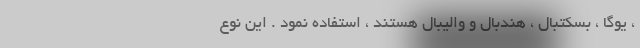
، یوگا ، بسکتبال ، هندبال و والیبال هستند ، استفاده نمود . این نوع